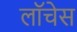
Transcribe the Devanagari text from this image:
लॉचेस